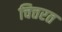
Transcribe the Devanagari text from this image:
चित्तरत